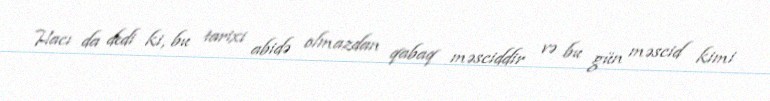
Hacı da dedi ki, bu tarixi abidə olmazdan qabaq məsciddir və bu gün məscid kimi